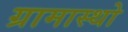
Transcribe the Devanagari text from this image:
ग्रामास्थो